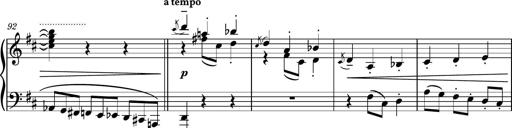
Title: Piano Sonatina No.4
Composer: Dimitri Sykias
Key: D major